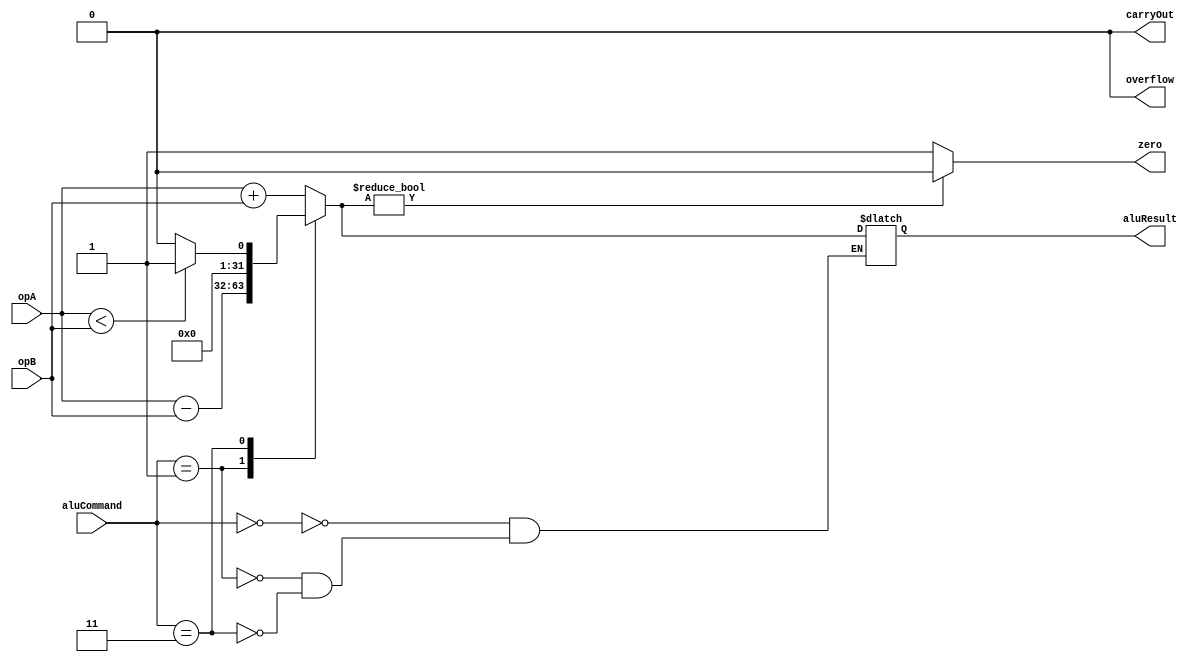
module alu(aluResult, carryOut, zero, overflow, opA, opB, aluCommand);
  input [2:0] aluCommand;
  input [31:0] opA, opB;
  output reg overflow, zero, carryOut;
  output reg [31:0] aluResult;

  always @(*) begin
    overflow = 0;
    carryOut = 0;
    case(aluCommand)
      3'd0: //add
        begin
          aluResult = opA + opB;
        end
      3'd1: //sub
        begin
          aluResult = opA - opB;
        end
      3'd3: //slt
        begin
          aluResult = (opA < opB) ? 1 : 0;
        end
    endcase
    zero = (aluResult) ? 0 : 1;
  end
endmodule

module aluTestBench;
reg [31:0]operandA;
reg [31:0]operandB;
reg [2:0] command;
wire [31:0]result;
wire carryout;
wire zero;
wire overflow;



alu alu32Bit(result, carryout, zero, overflow, operandA, operandB, command);


// http://www.random.org/bytes/ used to generate random 32 bit numbers
initial begin

$display("Command |               A                                   B                 | Cout               result               | Zero  OFL  | What are we testing?");

command = 3'b000;
operandA=32'b11101010111011000010000100011011;operandB=32'b11110011101011010110100000100010;  #10000
$display("  %b   | %b  %b  |  %b   %b   |   %b    %b   | Addition", command, operandA, operandB, carryout, result, zero, overflow);
$display(""); // put in some blank space

command = 3'b000;
operandA=32'b00010000000000000000000000000000;operandB=32'b11110000000000000000000000000000;  #10000
$display("  %b   | %b  %b  |  %b   %b   |   %b    %b   | Addition", command, operandA, operandB, carryout, result, zero, overflow);
$display(""); // put in some blank space

command = 3'b000;
operandA=32'b00000000000000000000000000000010;operandB=32'b00000000000000000000000000000010;  #10000
$display("  %b   | %b  %b  |  %b   %b   |   %b    %b   | Addition", command, operandA, operandB, carryout, result, zero, overflow);
$display(""); // put in some blank space

command = 3'b000;
operandA=32'b10000000000000000000000000000000;operandB=32'b10000000000000000000000000000000;  #10000
$display("  %b   | %b  %b  |  %b   %b   |   %b    %b   | Addition", command, operandA, operandB, carryout, result, zero, overflow);
$display(""); // put in some blank space

command = 3'b000;
operandA=32'b01010000000000000000000000000000;operandB=32'b01010000000000000000000000000000;  #10000
$display("  %b   | %b  %b  |  %b   %b   |   %b    %b   | Addition", command, operandA, operandB, carryout, result, zero, overflow);
$display(""); // put in some blank space
$display(""); // put in some blank space

command = 3'b001;
operandA=32'b01101101001111000011101001011010;operandB=32'b01111000110000100010101001100001;  #10000
$display("  %b   | %b  %b  |  %b   %b   |   %b    %b   | Subtract", command, operandA, operandB, carryout, result, zero, overflow);
$display(""); // put in some blank space

command = 3'b001;
operandA=32'b11011110011111000011110100100100;operandB=32'b11101101011010101000101010000100;  #10000
$display("  %b   | %b  %b  |  %b   %b   |   %b    %b   | Subtract", command, operandA, operandB, carryout, result, zero, overflow);
$display(""); // put in some blank space
$display(""); // put in some blank space

command = 3'b011;
operandA=32'b00010011111011100001110000000111;operandB=32'b11110100010101010110010100100011;  #10000 
$display("  %b   | %b  %b  |  %b   %b   |   %b    %b   | SLT", command, operandA, operandB, carryout, result, zero, overflow);
$display(""); // put in some blank space

command = 3'b011;
operandA=32'b00000000000000000000000000000011;operandB=32'b00000000000000000000000000000010;  #10000 
$display("  %b   | %b  %b  |  %b   %b   |   %b    %b   | SLT", command, operandA, operandB, carryout, result, zero, overflow);
$display(""); // put in some blank space
$display(""); // put in some blank space

end
endmodule